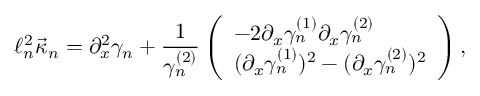
\ell _ { n } ^ { 2 } \vec { \kappa } _ { n } = \partial _ { x } ^ { 2 } \gamma _ { n } + \frac { 1 } { \gamma _ { n } ^ { ( 2 ) } } \left( \begin{array} { l } { - 2 \partial _ { x } \gamma _ { n } ^ { ( 1 ) } \partial _ { x } \gamma _ { n } ^ { ( 2 ) } } \\ { ( \partial _ { x } \gamma _ { n } ^ { ( 1 ) } ) ^ { 2 } - ( \partial _ { x } \gamma _ { n } ^ { ( 2 ) } ) ^ { 2 } } \end{array} \right) ,